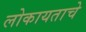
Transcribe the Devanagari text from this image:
लोकायताचे